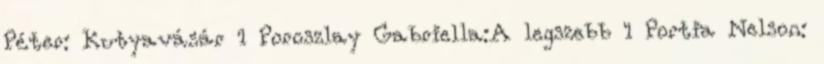
Péter: Kutyavásár 1 Poroszlay Gabriella:A legszebb 1 Portia Nelson: